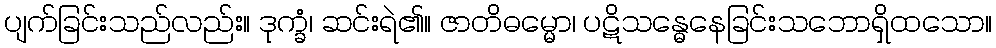
ပျက်ခြင်းသည်လည်း။ ဒုက္ခံ၊ ဆင်းရဲ၏။ ဇာတိဓမ္မော၊ ပဋိသန္ဓေနေခြင်းသဘောရှိထသော။